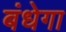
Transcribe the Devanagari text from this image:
बंधेगा